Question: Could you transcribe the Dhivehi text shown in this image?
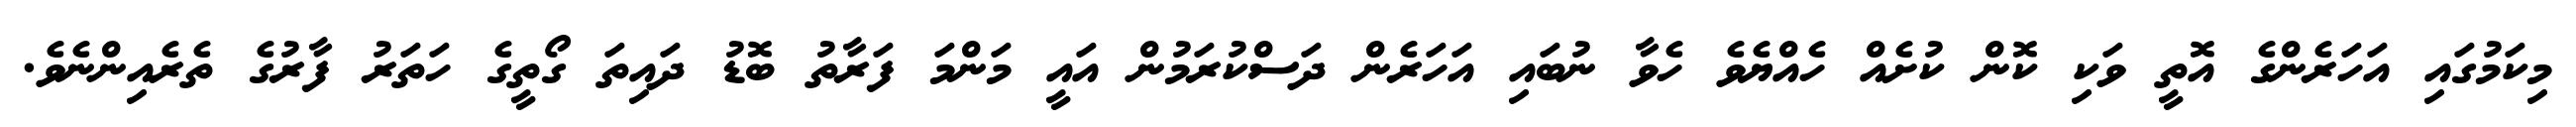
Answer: މިކަމުގައި އަހަރެންގެ އޮތީ ވަކި ކޮން ކުށެއް ހެއްޔެވެ ހެވާ ނުބައި އަހަރެން ދަސްކުރަމުން އައީ މަންމަ ފަރާތު ބޮޑު ދައިތަ ގޯތީގެ ހަތަރު ފާރުގެ ތެރެއިންނެވެ.